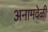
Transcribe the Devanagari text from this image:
अनामवेळी